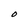
Character: O